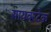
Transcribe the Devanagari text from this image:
सायबरटेक